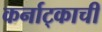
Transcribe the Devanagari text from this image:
कर्नाट्काची